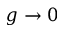
g \to 0